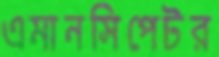
এমানসিপেটর